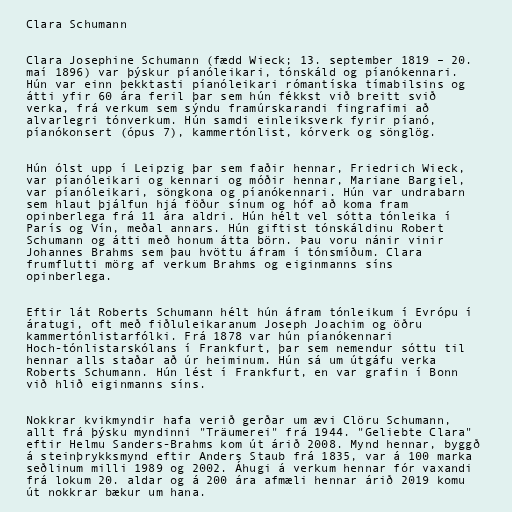
Clara Schumann

Clara Josephine Schumann (fædd Wieck; 13. september 1819 – 20.
maí 1896) var þýskur píanóleikari, tónskáld og píanókennari.
Hún var einn þekktasti píanóleikari rómantíska tímabilsins og
átti yfir 60 ára feril þar sem hún fékkst við breitt svið
verka, frá verkum sem sýndu framúrskarandi fingrafimi að
alvarlegri tónverkum. Hún samdi einleiksverk fyrir píanó,
píanókonsert (ópus 7), kammertónlist, kórverk og sönglög.

Hún ólst upp í Leipzig þar sem faðir hennar, Friedrich Wieck,
var píanóleikari og kennari og móðir hennar, Mariane Bargiel,
var píanóleikari, söngkona og píanókennari. Hún var undrabarn
sem hlaut þjálfun hjá föður sínum og hóf að koma fram
opinberlega frá 11 ára aldri. Hún hélt vel sótta tónleika í
París og Vín, meðal annars. Hún giftist tónskáldinu Robert
Schumann og átti með honum átta börn. Þau voru nánir vinir
Johannes Brahms sem þau hvöttu áfram í tónsmíðum. Clara
frumflutti mörg af verkum Brahms og eiginmanns síns
opinberlega.

Eftir lát Roberts Schumann hélt hún áfram tónleikum í Evrópu í
áratugi, oft með fiðluleikaranum Joseph Joachim og öðru
kammertónlistarfólki. Frá 1878 var hún píanókennari
Hoch-tónlistarskólans í Frankfurt, þar sem nemendur sóttu til
hennar alls staðar að úr heiminum. Hún sá um útgáfu verka
Roberts Schumann. Hún lést í Frankfurt, en var grafin í Bonn
við hlið eiginmanns síns.

Nokkrar kvikmyndir hafa verið gerðar um ævi Clöru Schumann,
allt frá þýsku myndinni "Träumerei" frá 1944. "Geliebte Clara"
eftir Helmu Sanders-Brahms kom út árið 2008. Mynd hennar, byggð
á steinþrykksmynd eftir Anders Staub frá 1835, var á 100 marka
seðlinum milli 1989 og 2002. Áhugi á verkum hennar fór vaxandi
frá lokum 20. aldar og á 200 ára afmæli hennar árið 2019 komu
út nokkrar bækur um hana.